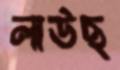
লাউছ